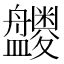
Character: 𪾝